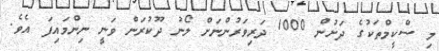
މި ސްކީމްތަކުގެ ދަށުން 1000 ދަރިވަރުންނަށް ލޯނު ދޫކުރަން ވަނީ ނިންމައިފަ އެވެ.